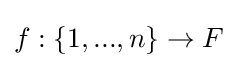
f:\{1,...,n\}\rightarrow F